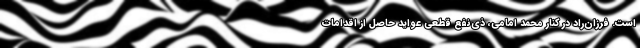
است. فرزان‌راد در کنار محمد امامی، ذی‌نفع قطعی عواید حاصل از اقدامات